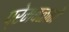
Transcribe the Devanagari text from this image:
प्रेमबळाने